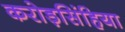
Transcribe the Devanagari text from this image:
करोड़सिंहिया